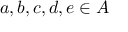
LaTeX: a , b , c , d , e \in A